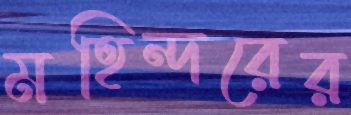
মহিন্দরের